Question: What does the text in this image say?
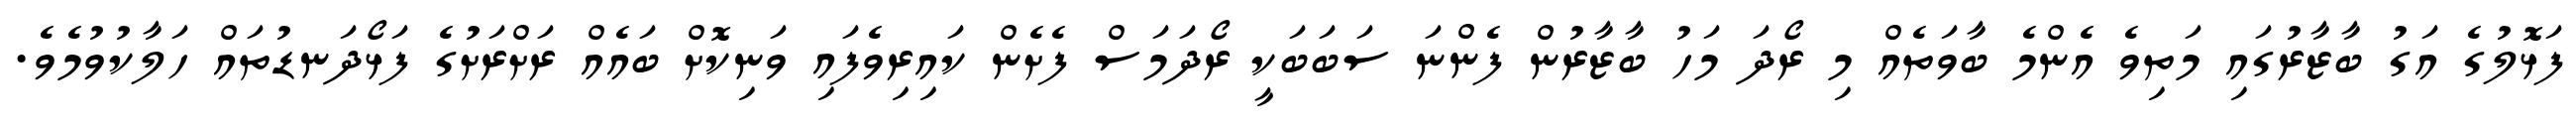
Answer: ފަޅޮލުގެ އަގު ބާޒާރުގައި މަތިވެ އެންމެ ބާވަތެއް މި ރޯދަ މަހު ބާޒާރުން ފެންނަ ސަބަބަކީ ރޯދަމަސް ފެށެން ކައިރިވެފައި ވަނިކޮށް ބައެއް ރަށްރަށުގެ ފަޅޯދަނޑުތައް ހަލާކުވުމެވެ.